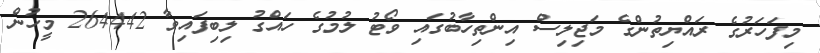
މިފަހަރުގެ ރައްޔިތުންގެ މަޖިލިސް އިންތިހާބުގައި ވޯޓު ލުމުގެ ހައްގު ލިބިފައިވާ 264442 މީހުން